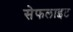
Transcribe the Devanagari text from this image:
सेफलाइट